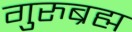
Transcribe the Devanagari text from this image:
गुरुब्रह्म